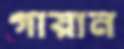
গায়ান